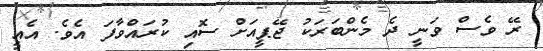
ރޭ ވެސް ވަނީ ދެ މެންބަރަކު ޖޭޕީއަށް ސޮއި ކުރައްވާފަ އެވެ. އެއީ